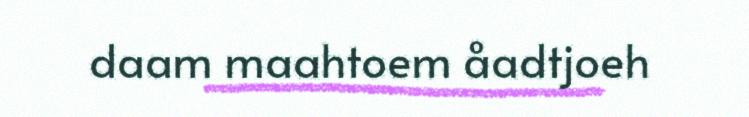
daam maahtoem åadtjoeh